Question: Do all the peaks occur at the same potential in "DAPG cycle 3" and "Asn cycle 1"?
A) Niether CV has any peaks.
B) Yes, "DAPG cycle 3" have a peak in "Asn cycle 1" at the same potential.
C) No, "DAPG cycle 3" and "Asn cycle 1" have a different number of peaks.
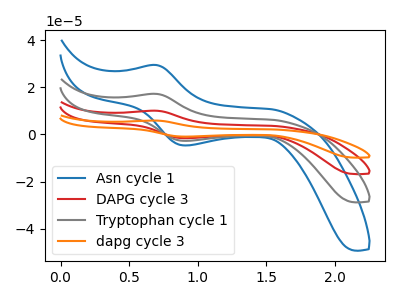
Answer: <think>The blue curve "Asn cycle 1" has an anodic peak at (0.70V, 29.45uA) and a cathodic peak at (0.90V, -4.70uA). The red curve "DAPG cycle 3" has an anodic peak at (0.70V, 34.45uA) and a cathodic peak at (0.90V, -5.50uA). The gray curve "Tryptophan cycle 1" has an anodic peak at (0.70V, 17.20uA) and a cathodic peak at (0.90V, -2.75uA). The orange curve "dapg cycle 3" has an anodic peak at (0.70V, 51.65uA) and a cathodic peak at (0.90V, -8.20uA).</think>
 <answer>B) Yes, "DAPG cycle 3" have a peak in "Asn cycle 1" at the same potential.</answer>
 <eval>B</eval>